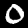
Digit: 0